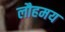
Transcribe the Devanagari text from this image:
लौहमय